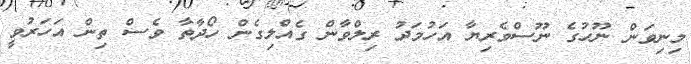
މިނިވަން ނޫހުގެ ނޫސްވެރިޔާ އަހުމަދު ރިލްވާން ގެއްލިގެން ހޯދާތާ ވެސް ތިން އަހަރުވީ